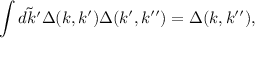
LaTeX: \int \tilde { d k ^ { \prime } } \Delta ( k , k ^ { \prime } ) \Delta ( k ^ { \prime } , k ^ { \prime \prime } ) = \Delta ( k , k ^ { \prime \prime } ) ,